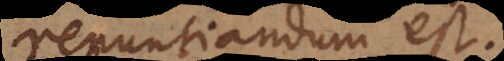
renuntiandum est.